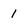
Character: 1